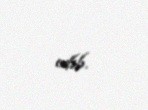
edib.